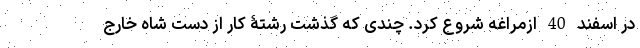
در اسفند 40 ازمراغه شروع کرد. چندی که گذشت رشتۀ کار از دست شاه خارج